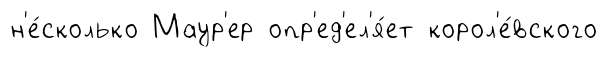
н'е́сколько Маур'ер опр'ед'ел'я́ет корол'е́вского